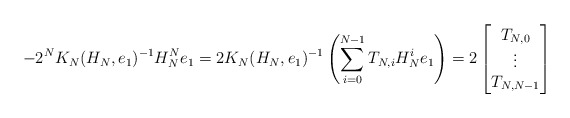
\begin{align*} -2^NK_N(H_N,e_1)^{-1}H_N^Ne_1= 2K_N(H_N,e_1)^{-1}\left(\sum\limits_{i=0}^{N-1} T_{N,i} H_N^i e_1\right)= 2\begin{bmatrix} T_{N,0}\\ \vdots\\ T_{N,N-1} \end{bmatrix}\end{align*}